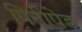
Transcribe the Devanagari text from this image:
पिनीपेड